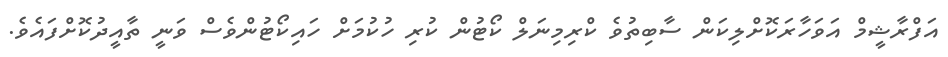
އަފްރާޝީމް އަވަހާރަކޮށްލިކަން ސާބިތުވެ ކްރިމިނަލް ކޯޓުން ކުރި ހުކުމަށް ހައިކޯޓުންވެސް ވަނީ ތާއީދުކޮށްފައެވެ.